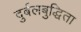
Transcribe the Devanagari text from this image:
दुर्बलबुद्धिता